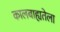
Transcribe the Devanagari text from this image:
कालबाह्यतेला